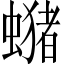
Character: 𧒇